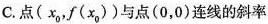
C. 点(x_{0}，f(x_{0}))与点( 0，0 )连线的斜率